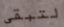
لتبقى